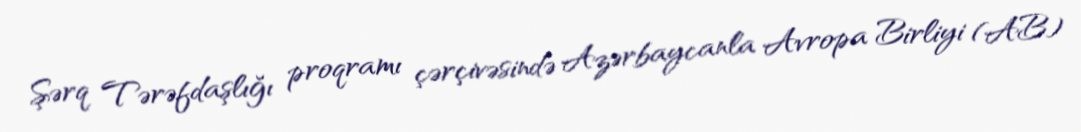
Şərq Tərəfdaşlığı proqramı çərçivəsində Azərbaycanla Avropa Birliyi (AB)